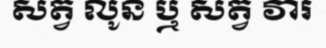
សត្វ លូន ឬ សត្វ វារ